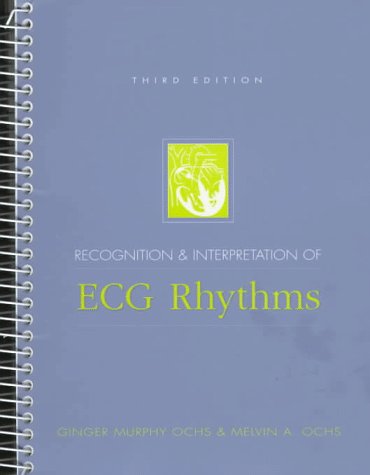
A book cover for Recognition and Interpretation of ECG Rhythms (3rd Edition); Ginger Ochs; Medical Books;